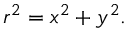
r ^ { 2 } = x ^ { 2 } + y ^ { 2 } .